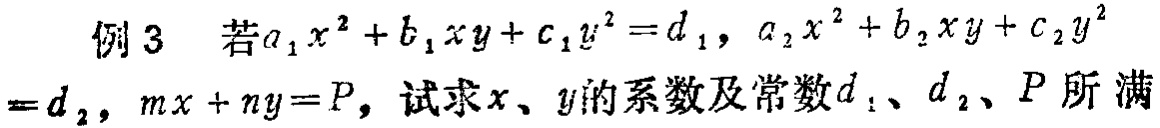
例3 若\(a_{1}x^{2}+b_{1}xy + c_{1}y^{2}=d_{1}\)，\(a_{2}x^{2}+b_{2}xy + c_{2}y^{2}=d_{2}\)，\(mx + ny=P\)，试求\(x\)、\(y\)的系数及常数\(d_{1}\)、\(d_{2}\)、\(P\)所满